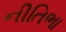
નીતિભા